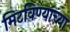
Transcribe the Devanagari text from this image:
मिटविण्याच्या